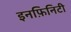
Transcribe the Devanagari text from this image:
इनफ़िनिटी